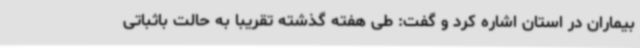
بیماران در استان اشاره کرد و گفت: طی هفته گذشته تقریبا به حالت باثباتی